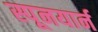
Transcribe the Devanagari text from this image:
स्पूनयार्न